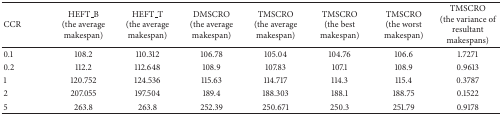
<table><thead><tr><td><b>CCR</b></td><td><b>HEFT_B(the average makespan)</b></td><td><b>HEFT_T(the average makespan)</b></td><td><b>DMSCRO(the average makespan)</b></td><td><b>TMSCRO(the average makespan)</b></td><td><b>TMSCRO(the best makespan)</b></td><td><b>TMSCRO(the worst makespan)</b></td><td><b>TMSCRO(the variance of resultant makespans)</b></td></tr></thead><tbody><tr><td>0.1</td><td>108.2</td><td>110.312</td><td>106.78</td><td>105.04</td><td>104.76</td><td>106.6</td><td>1.7271</td></tr><tr><td>0.2</td><td>112.2</td><td>112.648</td><td>108.9</td><td>107.83</td><td>107.1</td><td>108.9</td><td>0.9613</td></tr><tr><td>1</td><td>120.752</td><td>124.536</td><td>115.63</td><td>114.717</td><td>114.3</td><td>115.4</td><td>0.3787</td></tr><tr><td>2</td><td>207.055</td><td>197.504</td><td>189.4</td><td>188.303</td><td>188.1</td><td>188.75</td><td>0.1522</td></tr><tr><td>5</td><td>263.8</td><td>263.8</td><td>252.39</td><td>250.671</td><td>250.3</td><td>251.79</td><td>0.9178</td></tr></tbody></table>